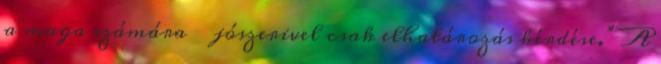
a maga számára − jószerivel csak elhatározás kérdése.” A